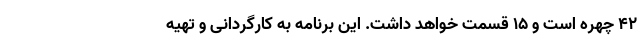
۴۲ چهره است و ۱۵ قسمت خواهد داشت. این برنامه به کارگردانی و تهیه‌